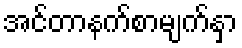
အင်တာနက်စာမျက်နှာ